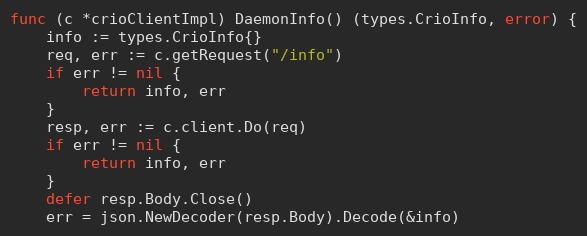
Language: Go
func (c *crioClientImpl) DaemonInfo() (types.CrioInfo, error) {
	info := types.CrioInfo{}
	req, err := c.getRequest("/info")
	if err != nil {
		return info, err
	}
	resp, err := c.client.Do(req)
	if err != nil {
		return info, err
	}
	defer resp.Body.Close()
	err = json.NewDecoder(resp.Body).Decode(&info)